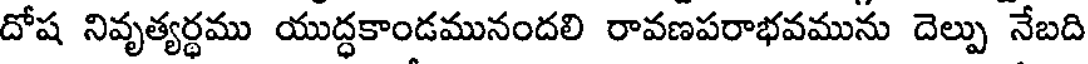
దోష నివృత్యర్థము యుద్ధకాండమునందలి రావణపరాభవమును దెల్పు నేబది